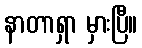
နာတာရှာ မှားပြီ။